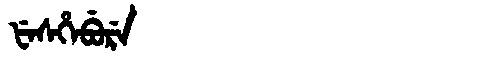
Manchu: ᡶᡝᠰᡥᡝᠪᡠᡵᡝ
Romanization: FESHEBURE